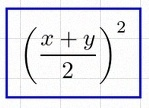
\left(\frac{x+y}{2}\right)^2